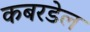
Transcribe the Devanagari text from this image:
कबरडेल